Document type: Recognition
Year: 1437
Scribe: Pere Ponçgem
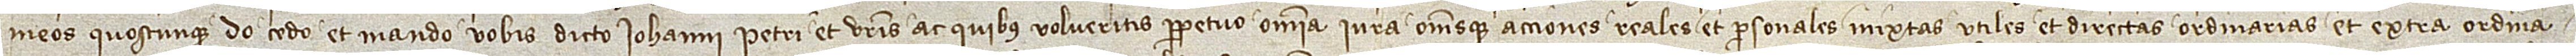
meos quoscumque do, cedo et mando vobis dicto Iohanni Petri et vestris ac quibus volueritis perpetuo omnia iura omnesque acciones, reales et personales, mixtas, utiles et directas, ordinarias et extra ordina-